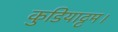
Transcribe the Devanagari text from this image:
कुडियाट्टम।